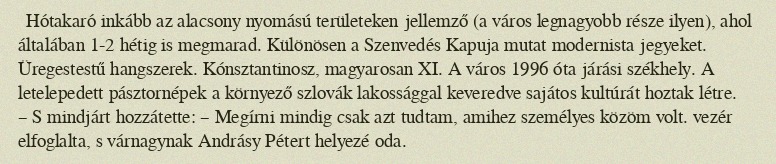
Hótakaró inkább az alacsony nyomású területeken jellemző (a város legnagyobb része ilyen), ahol általában 1-2 hétig is megmarad. Különösen a Szenvedés Kapuja mutat modernista jegyeket. Üregestestű hangszerek. Kónsztantinosz, magyarosan XI. A város 1996 óta járási székhely. A letelepedett pásztornépek a környező szlovák lakossággal keveredve sajátos kultúrát hoztak létre. – S mindjárt hozzátette: – Megírni mindig csak azt tudtam, amihez személyes közöm volt. vezér elfoglalta, s várnagynak Andrásy Pétert helyezé oda.